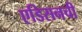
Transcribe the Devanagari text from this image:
एडिसनची